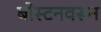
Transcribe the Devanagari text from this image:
बोस्टनवरून